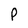
Character: P